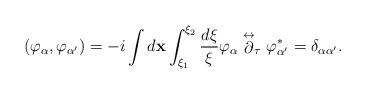
LaTeX: \begin{align*}\left( \varphi _{\alpha },\varphi _{\alpha ^{\prime }}\right) =-i\int d{\mathbf x}\int _{\xi _1}^{\xi _2} \frac{d\xi }{\xi}\varphi _{\alpha } \stackrel{\leftrightarrow }{\partial }_{\tau}\varphi ^{*}_{\alpha '}= \delta _{\alpha \alpha ^{\prime }}.\end{align*}